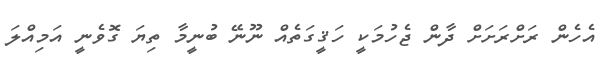
އެހެން ރަށްރަށަށް ދާން ޖެހުމަކީ ހަޤީގަތެއް ނޫނޭ ބުނީމާ ތިޔަ ގޮވެނީ އަމިއްލަ